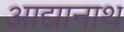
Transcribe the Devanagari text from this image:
आद्यानाथ